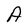
Character: A